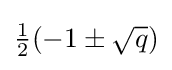
{\tfrac {1}{2}}(-1\pm {\sqrt {q}})